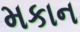
મકાન